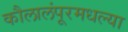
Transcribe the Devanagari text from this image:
कौलालंपूरमधल्या